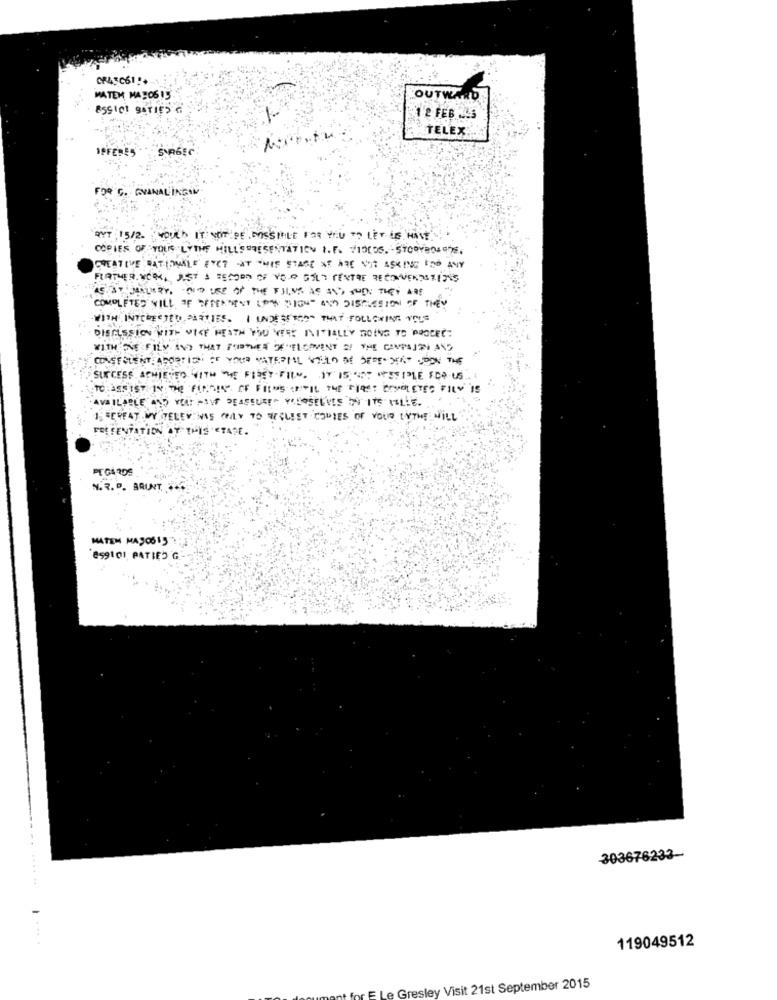
CRASC61.
MATEM, MASO6 15
OUTWARD
ESSICI BATIES
1 2 FEB 249
TELEX.
IPFERES
FOR G. GVANALINGAM
BYT 15/2. WOULD IT NOT PE POSSIBLE FOR YOU TO LET IF HAVE
COPIES OF YOUR LYTHE HILLSPRESENTATION I.F. VIDEOS. STOOVERSEAS.
CREATIVE RATIONALE ENCT AT THIS STAGE OF ARE NOT ASKING IDO ANY
FURTHER WORK, JUST A RECORD OF YOUR GILT CENTRE RECOUVERTSFINNS
AS ST JANUARY, OF USE OF THE SHIME AS AND SUCH THEY ARE
-
COMPLETED WILL OF SERPAMEST LOW SIGH" ANY DISCUSSION OF THEY
WITH INTERESTED PARTIES. I INDESERTO THAT FOLLOWING TOLE
DISCUSSION WITH VICE HEATH YOU YEEE INITIALLY GOING TO PROCEC:
WITH ONE FILM AND THAT FOIBYMEN "#"ELCOVENT S! THE CAMPAIGN AND
CONSERLENT APORTION OF YOUR MATERIAL VILLO DE DEDE SIAT CDON THE
SUCCESS ACHIEVED WITH THE FIZET FIEN. IT IS IST ATESIPLE IDE US
TO.ASSIST IN. THE FINDIK, CF FILMS CEFIL THE FIRST COMOLETEC FILY IS
1. SEREAT MY TELEV INE OBALY TO WEGLIST COPIES OF VOUS LYTHE WILL
PRESENTATION AT THIS STATE .
N.R. P. BRUNT. ..
MATEM MASOS15
esgiOI, PATIES G
303676233-
-
119049512
E Le Gresley Visit 21st September 2015